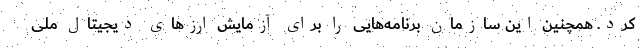
کرد. همچنین این سازمان برنامه‌هایی را برای آزمایش ارزهای دیجیتال ملی